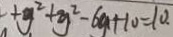
+ y ^ { 2 } + y ^ { 2 } - 6 y + 1 0 = 1 0 .